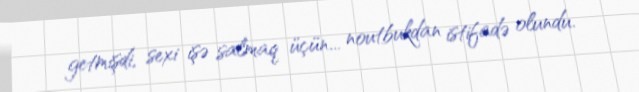
getmişdi, sexi işə salmaq üçün... noutbukdan istifadə olundu.